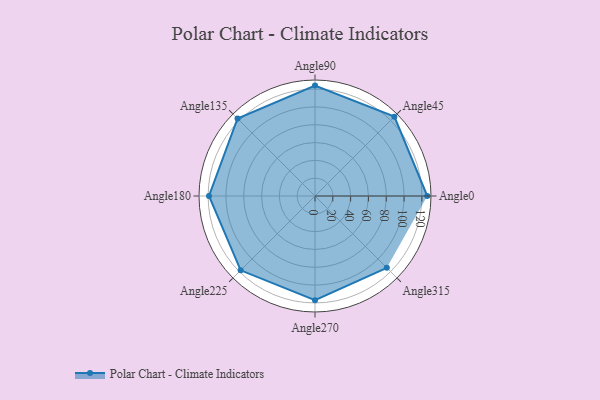
{"axis": {"x": "Angle", "y": "Radius"}, "legend": [""], "data": [{"x": "Angle0", "y": 126.0, "type": ""}, {"x": "Angle45", "y": 126.0, "type": ""}, {"x": "Angle90", "y": 124.0, "type": ""}, {"x": "Angle135", "y": 123.0, "type": ""}, {"x": "Angle180", "y": 119.0, "type": ""}, {"x": "Angle225", "y": 118.0, "type": ""}, {"x": "Angle270", "y": 117.0, "type": ""}, {"x": "Angle315", "y": 114.0, "type": ""}]}